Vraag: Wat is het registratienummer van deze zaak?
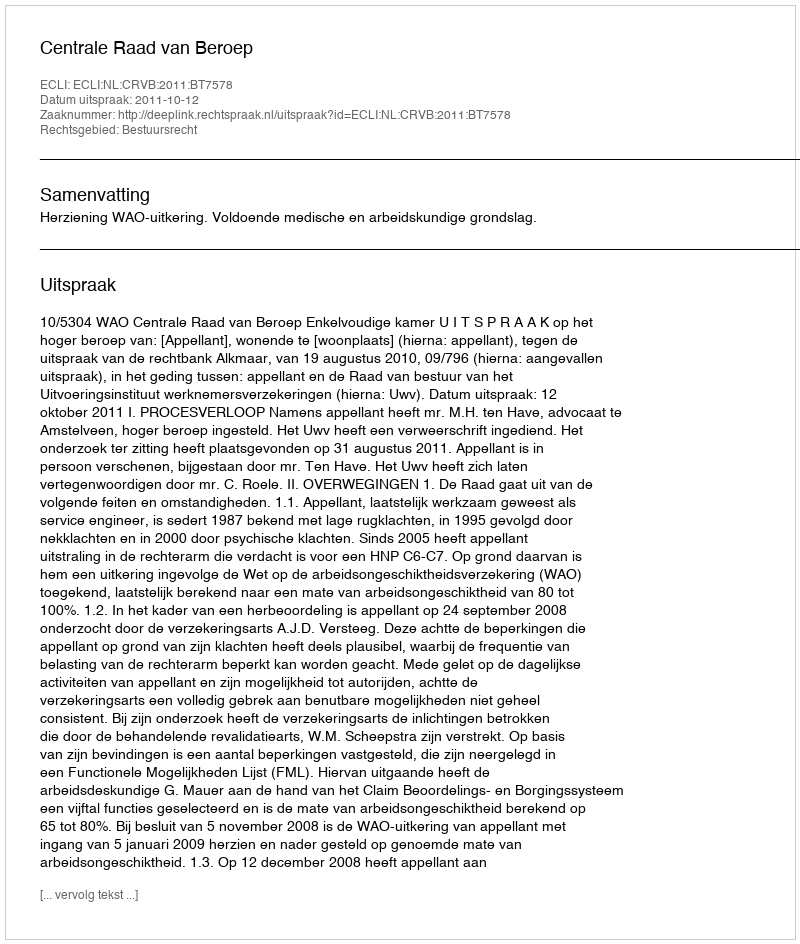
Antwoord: http://deeplink.rechtspraak.nl/uitspraak?id=ECLI:NL:CRVB:2011:BT7578